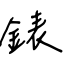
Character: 錶